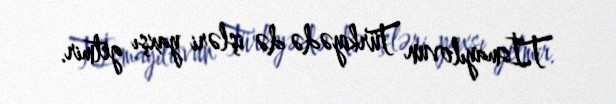
T.İsmayılovun Türkiyədə də işləri yaxşı getmir.